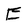
Character: E